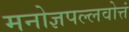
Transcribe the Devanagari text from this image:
मनोज्ञपल्लवोत्तं